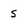
Character: 5